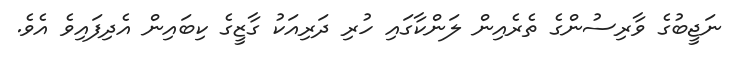
ނަޖީބުގެ ވާރިސުންގެ ތެރެއިން ލަންކާގައި ހުރި ދަރިއަކު ގާޒީގެ ކިބައިން އެދިފައިވެ އެވެ.